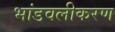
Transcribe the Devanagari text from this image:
भांडवलीकरण